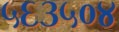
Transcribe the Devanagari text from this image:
५६३५०४